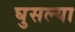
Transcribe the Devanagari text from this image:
घुसल्या